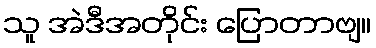
သူ အဲဒီအတိုင်း ပြောတာဗျ။